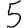
Digit: 5